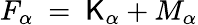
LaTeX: F_{\alpha}~=~\mathsf{K}_{\alpha}+M_{\alpha}